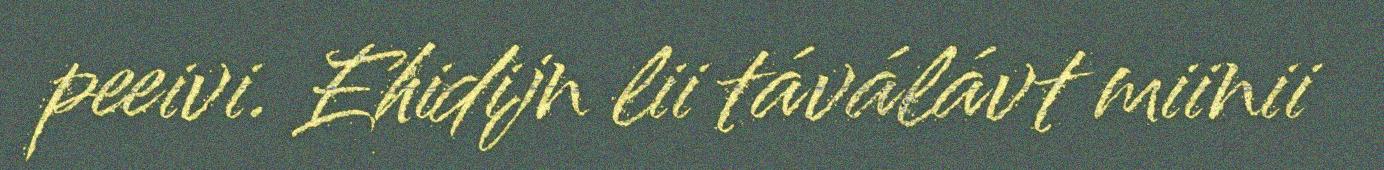
peeivi. Ehidijn lii táválávt miinii